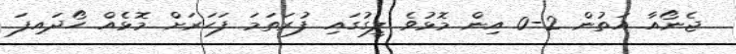
ޖެނޯއާ އަތުން 2-0 އިން މޮޅުވެ ލީގުގައި ފުރަތަމަ ފަހަރަށް މޮޅެއް ހޯދައިފަ